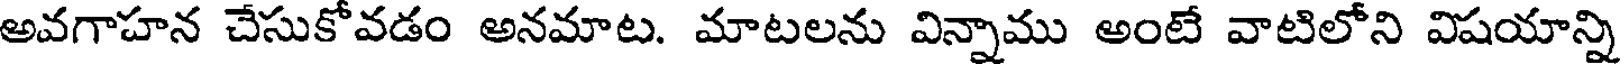
అవగాహన చేసుకోవడం అనమాట. మాటలను విన్నాము అంటే వాటిలోని విషయాన్ని